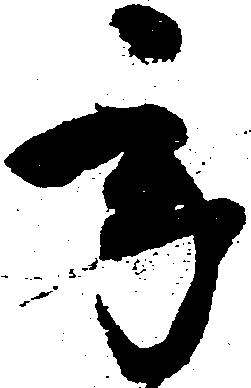
承